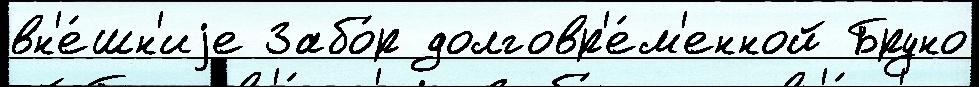
вн'е́шн'иjе Забо́р долговр'е́м'енной Бруно